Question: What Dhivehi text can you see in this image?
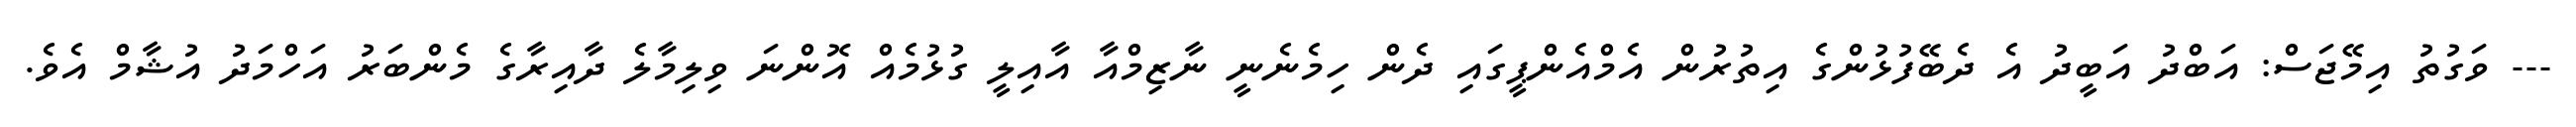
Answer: --- ވަގުތު އިމޭޖަސް: އަބްދު އަބީދު އެ ދެބޭފުޅުންގެ އިތުރުން އެމްއެންޕީގައި ދެން ހިމެނެނީ ނާޒިމްއާ އާއިލީ ގުޅުމެއް އޮންނަ ވިލިމާލެ ދާއިރާގެ މެންބަރު އަހްމަދު އުޝާމް އެވެ.